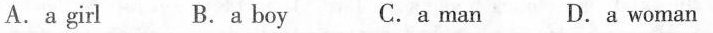
A.a girl B. a boy C.a man D.a woman